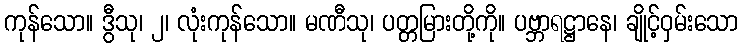
ကုန်သော။ ဒွီသု၊ ၂၊ လုံးကုန်သော။ မဏီသု၊ ပတ္တမြားတို့ကို။ ပဗ္ဘာရဋ္ဌာနေ၊ ချိုင့်ဝှမ်းသော